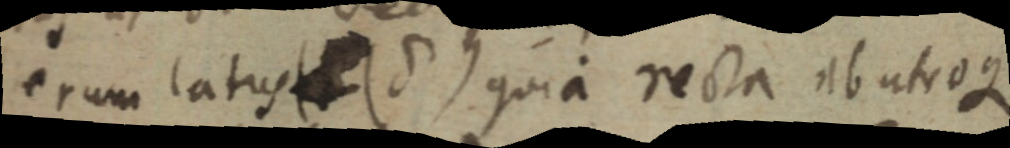
erum latus (8) quia recta abutroqe